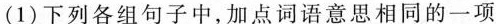
（1）下列各组句子中，加点词语意思相同的一项